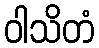
ဝါသိတံ